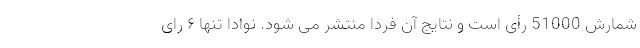
شمارش 51000 رأی است و نتایج آن فردا منتشر می شود. نوادا تنها ۶ رای